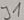
Text: J1